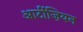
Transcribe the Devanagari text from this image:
आर्टीज़ियन